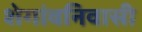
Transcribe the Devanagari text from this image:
शेगांवनिवासी